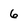
Character: 6